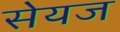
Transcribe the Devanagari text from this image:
सेयज